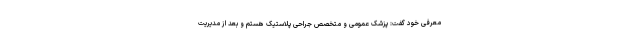
معرفی خود گفت: پزشک عمومی و متخصص جراحی پلاستیک هستم و بعد از مدیریت